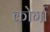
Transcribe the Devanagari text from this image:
कोर्गा